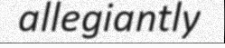
allegiantly